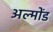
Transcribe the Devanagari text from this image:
अल्मोंड